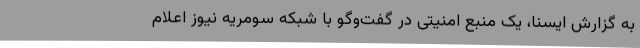
به گزارش ایسنا، یک منبع امنیتی در گفت‌وگو با شبکه سومریه نیوز اعلام